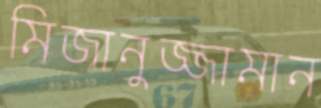
মিজানুজ্জামান